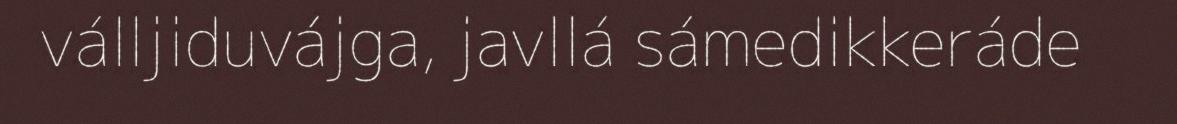
válljiduvájga, javllá sámedikkeráde